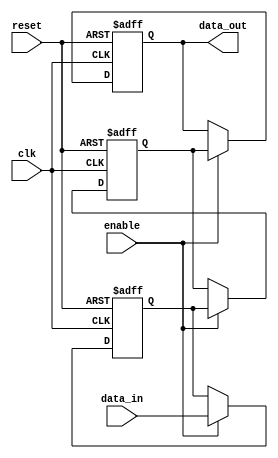
module sequential_logic_block (
    input wire clk,
    input wire reset,
    input wire enable,
    input wire data_in,
    output reg data_out
);

reg transparent_latch_out;
reg d_flip_flop_out;

always @ (posedge clk or posedge reset) begin
    if (reset) begin
        transparent_latch_out <= 1'b0;
        d_flip_flop_out <= 1'b0;
        data_out <= 1'b0;
    end else if (enable) begin
        transparent_latch_out <= data_in;
        d_flip_flop_out <= transparent_latch_out;
        data_out <= d_flip_flop_out;
    end
end

endmodule